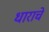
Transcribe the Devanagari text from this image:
धाराचे